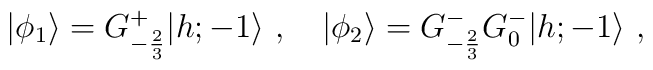
\vert\phi_1\rangle=G^+_{-{2\over3}}\vert{h;-1}\rangle{}~,{}~{}~{}~\vert\phi_2\rangle =G^-_{-{2\over3}}G^-_0\vert{h;-1}\rangle{}~,